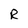
Character: R